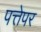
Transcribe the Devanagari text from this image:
पत्तेपर